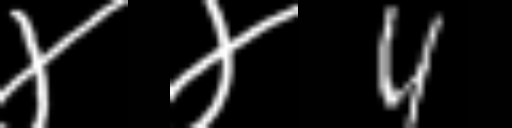
Text: ४४4